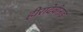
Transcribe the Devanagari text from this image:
हीरादेवीनाई